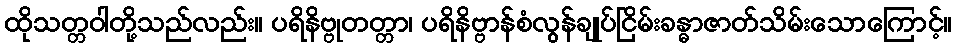
ထိုသတ္တဝါတို့သည်လည်း။ ပရိနိဗ္ဗုတတ္တာ၊ ပရိနိဗ္ဗာန်စံလွန်ချုပ်ငြိမ်းခန္ဓာဇာတ်သိမ်းသောကြောင့်။